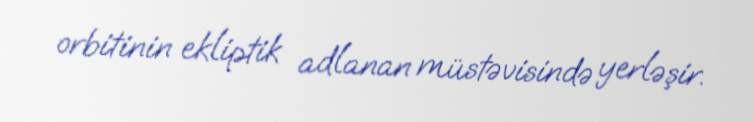
orbitinin ekliptik adlanan müstəvisində yerləşir.